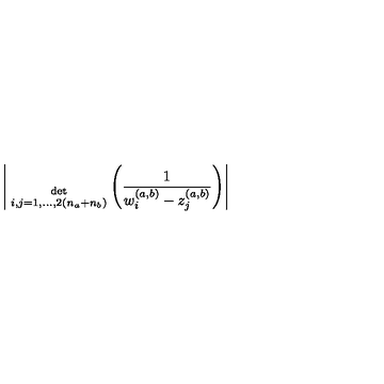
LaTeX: \Bigg | { \atop { \mathrm { d e t } \atop { \scriptstyle i , j = 1 , . . . , 2 ( n _ { a } + n _ { b } ) } } } \Bigg ( \frac { 1 } { w _ { i } ^ { ( a , b ) } - z _ { j } ^ { ( a , b ) } } \Bigg ) \Bigg |